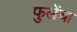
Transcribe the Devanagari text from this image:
फुलेंचा